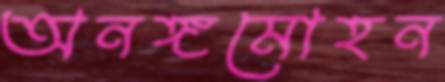
অনঙ্গমোহন